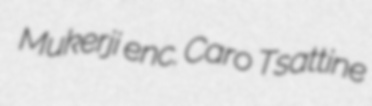
Mukerji enc. Caro Tsattine